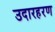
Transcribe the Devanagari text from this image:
उदारहरण